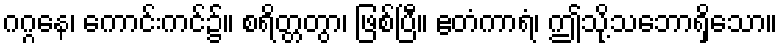
ဂဂ္ဂနေ၊ ကောင်းကင်၌။ စရိတ္တတွာ၊ ဖြစ်ပြီ။ ဧတံကာရံ၊ ဤသို့သဘောရှိသော။